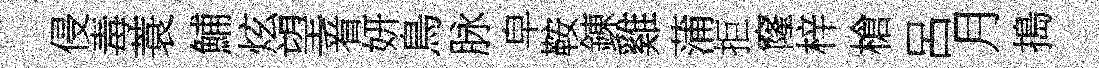
侵毒蓑鯆炫望㸔妍鳥脉皁鞍錬雞蒲拒窿梓槍呂月搗